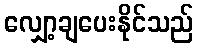
လျှော့ချပေးနိုင်သည်